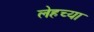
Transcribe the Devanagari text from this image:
लेहच्या